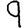
Digit: 9